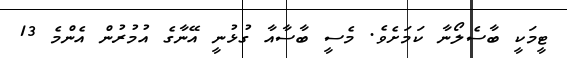
ޓީމަކީ ބާސެލޯނާ ކަމަށެވެ. މެސީ ބާސާއާ ގުޅުނީ އޭނާގެ އުމުރުން އެންމެ 13